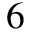
6